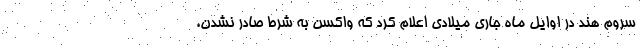
سروم هند در اوایل ماه جاری میلادی اعلام کرد که واکسن به شرط صادر نشدن،